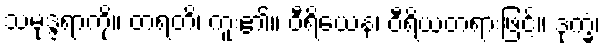
သမုဒ္ဒရာကို။ တရတိ၊ ကူး၏။ ဝီရိယေန၊ ဝီရိယတရားဖြင့်။ ဒုက္ခံ၊